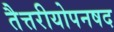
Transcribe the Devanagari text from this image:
तैत्तरीयोपनषद